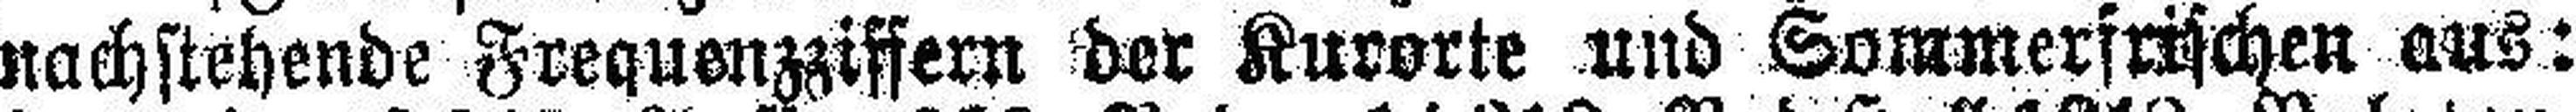
nachstehende Frequenzziffern der Kurorte und Sommerfrischen aus: